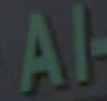
Al